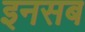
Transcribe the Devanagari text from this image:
इनसब